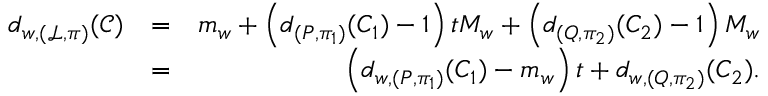
\begin{array} { r l r } { d _ { w , ( \mathcal { L } , \pi ) } ( \mathcal { C } ) } & { = } & { m _ { w } + \left( d _ { ( P , \pi _ { 1 } ) } ( C _ { 1 } ) - 1 \right) t M _ { w } + \left( d _ { ( Q , \pi _ { 2 } ) } ( C _ { 2 } ) - 1 \right) M _ { w } } \\ & { = } & { \left( d _ { w , ( P , \pi _ { 1 } ) } ( C _ { 1 } ) - m _ { w } \right) t + d _ { w , ( Q , \pi _ { 2 } ) } ( C _ { 2 } ) . } \end{array}